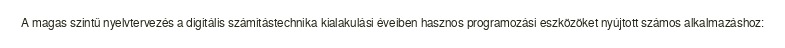
A magas szintű nyelvtervezés a digitális számítástechnika kialakulási éveiben hasznos programozási eszközöket nyújtott számos alkalmazáshoz: